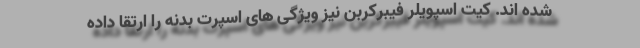
شده اند. کیت اسپویلر فیبرکربن نیز ویژگی های اسپرت بدنه را ارتقا داده